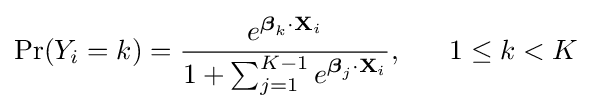
\Pr(Y_{i}=k)={\frac {e^{{\boldsymbol {\beta }}_{k}\cdot \mathbf {X} _{i}}}{1+\sum _{j=1}^{K-1}e^{{\boldsymbol {\beta }}_{j}\cdot \mathbf {X} _{i}}}},\;\;\;\;\;\;1\leq k<K